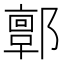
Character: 𨞥